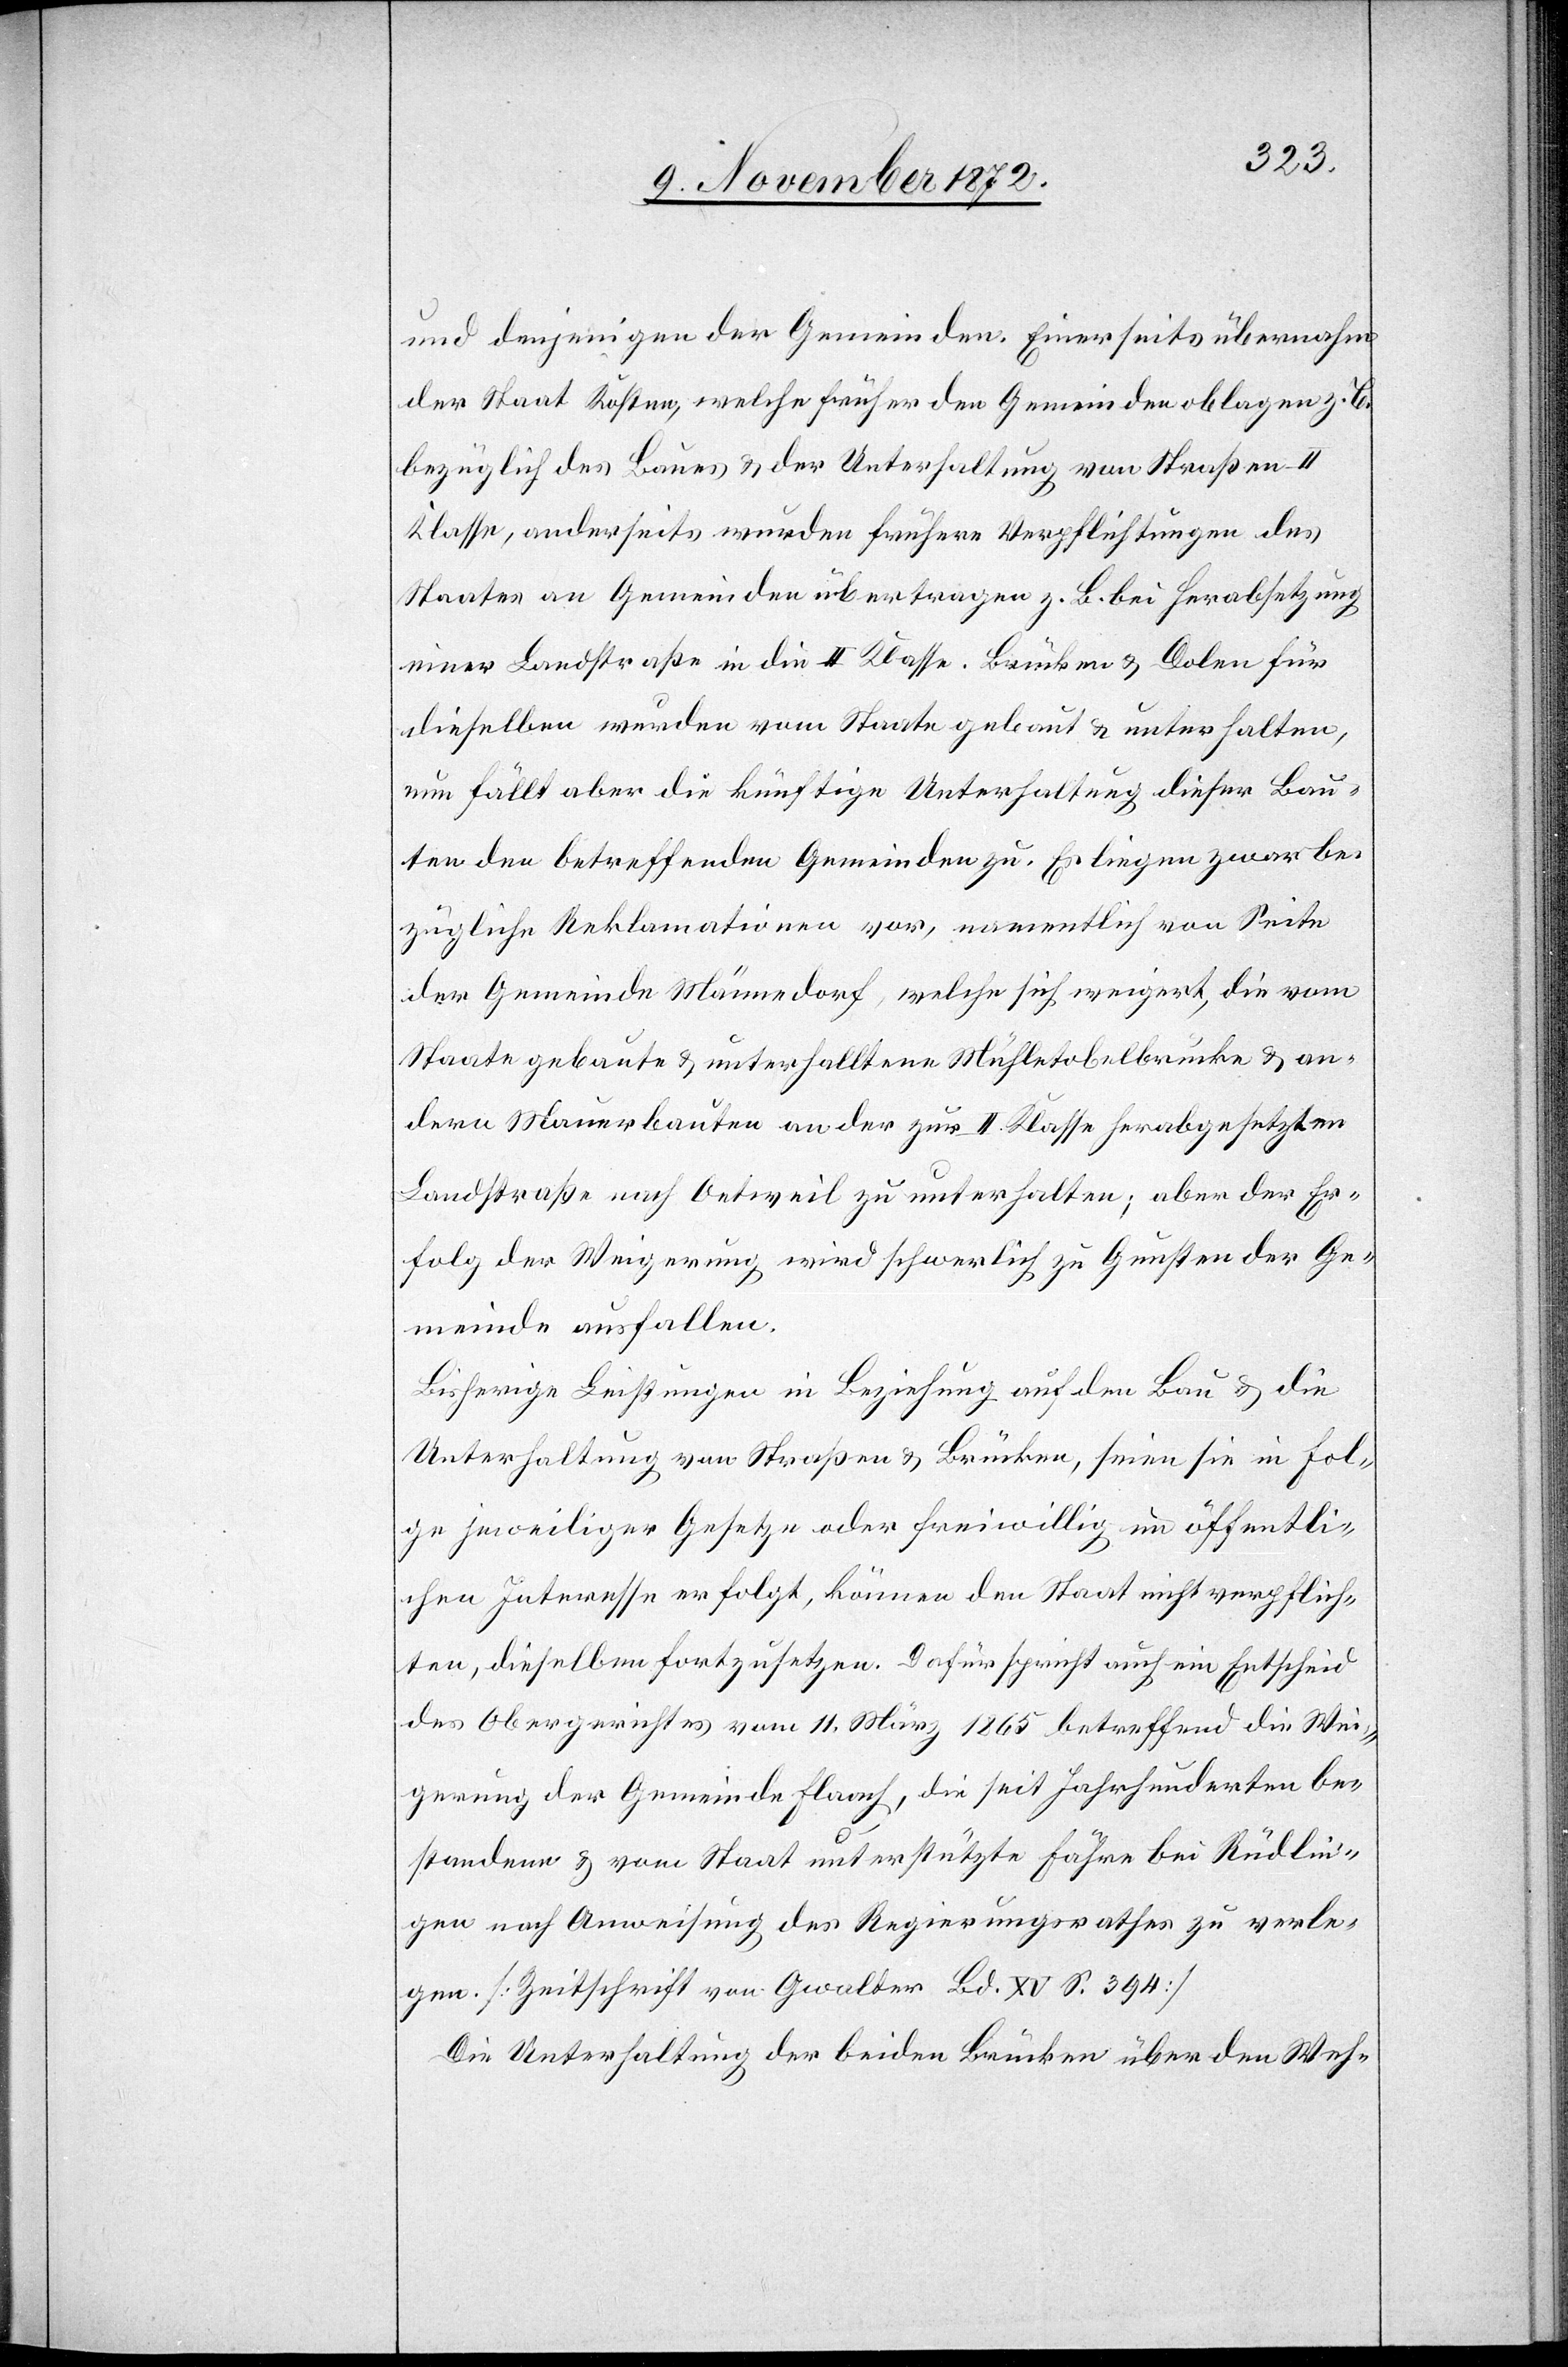
und denjenigen der Gemeinden. Einerseits übernahm
der Staat Kosten, welche früher den Gemeinden oblagen z. B.
bezüglich des Baues u. der Unterhaltung von Straßen II
Klasse, anderseits wurden frühere Verpflichtungen des
Staates an Gemeinden übertragen z. B. bei Herabsetzung
einer Landstraße in die II. Klasse. Brücken u. Dolen für
dieselben wurden vom Staate gebaut u. unterhalten,
nun fällt aber die künftige Unterhaltung dieser Bau¬
ten den betreffenden Gemeinden zu. Es liegen zwar be¬
zügliche Reklamationen vor, namentlich von Seite
der Gemeinde Männedorf, welche sich weigert, die vom
Staate gebaute u. unterhalltene [sic!] Mühletobelbrücke u. an¬
dere Mauerbauten an der zur II. Klasse herabgesetzten
Landstraße nach Oetweil zu unterhalten; aber der Er¬
folg der Weigerung wird schwerlich zu Gunsten der Ge¬
meinde ausfallen.
Bisherige Leistungen in Beziehung auf den Bau u. die
Unterhaltung von Straßen u. Brücken, seien sie infol¬
ge jeweiliger Gesetze oder freiwillig im öffentli¬
chen Interesse erfolgt, können den Staat nicht verpflich¬
ten, dieselbe fortzusetzen. Dafür spricht auch ein Entscheid
des Obergerichtes vom 11. März 1865 betreffend die Wei¬
gerung der Gemeinde Flaach, die seit Jahrhunderten be¬
standene u. vom Staat unterstützte Fähre bei Rüdlin¬
gen nach Anweisung des Regierungsrathes zu verle¬
gen. [Zeitschrift von Gwalter Bd. XV S. 394]
Die Unterhaltung der beiden Brücken über den Weh-